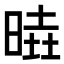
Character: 𣈹